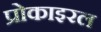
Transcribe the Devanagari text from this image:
प्रोकाइरल